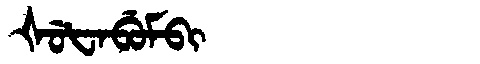
Manchu: ᡧᡠᡶᠠᠪᡠᠮᠪᡳ
Romanization: ŠUFABUMBI